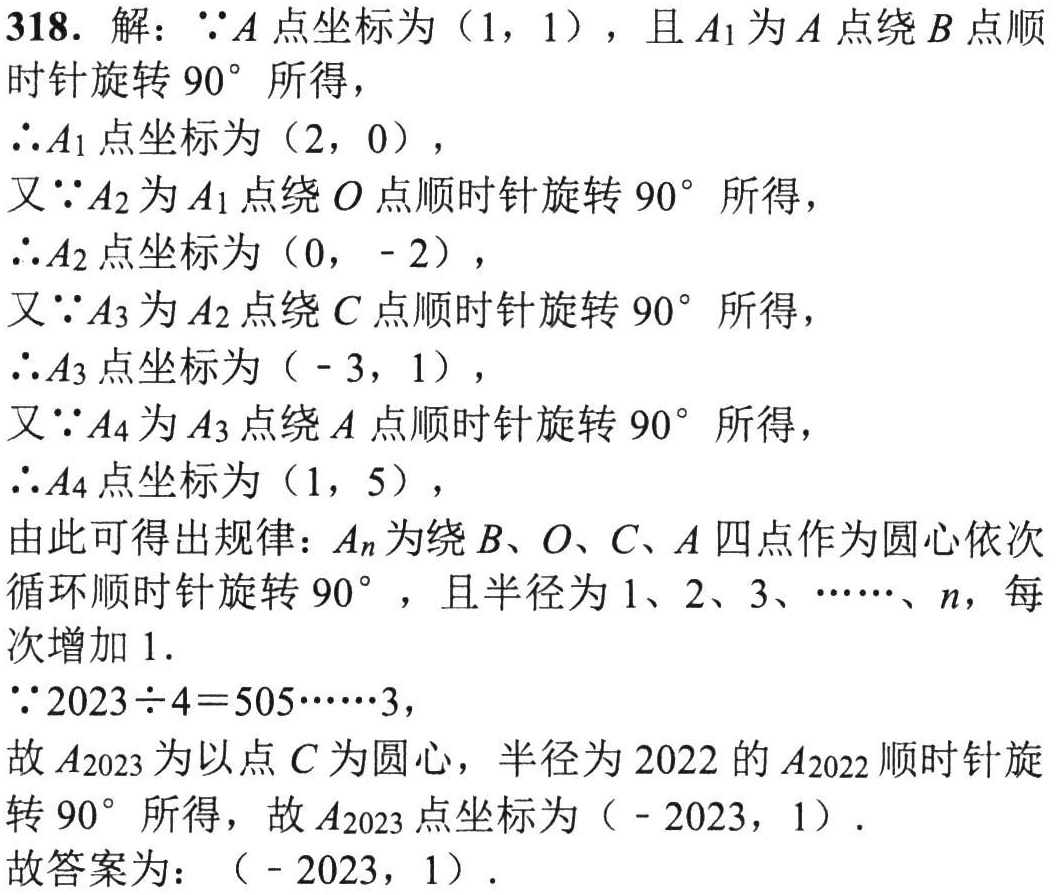
318. 解：\(\because A\)点坐标为\((1,1)\)，且\(A_1\)为\(A\)点绕\(B\)点顺时针旋转\(90^{\circ}\)所得，
\(\therefore A_1\)点坐标为\((2,0)\)，
又\(\because A_2\)为\(A_1\)点绕\(O\)点顺时针旋转\(90^{\circ}\)所得，
\(\therefore A_2\)点坐标为\((0,-2)\)，
又\(\because A_3\)为\(A_2\)点绕\(C\)点顺时针旋转\(90^{\circ}\)所得，
\(\therefore A_3\)点坐标为\((-3,1)\)，
又\(\because A_4\)为\(A_3\)点绕\(A\)点顺时针旋转\(90^{\circ}\)所得，
\(\therefore A_4\)点坐标为\((1,5)\)，
由此可得出规律：\(A_n\)为绕\(B\)、\(O\)、\(C\)、\(A\)四点作为圆心依次循环顺时针旋转\(90^{\circ}\)，且半径为\(1\)、\(2\)、\(3\)、\(\cdots\)、\(n\)，每次增加\(1\)．
\(\because 2023\div4 = 505\cdots\cdots3\)，
故\(A_{2023}\)为以点\(C\)为圆心，半径为\(2022\)的\(A_{2022}\)顺时针旋转\(90^{\circ}\)所得，故\(A_{2023}\)点坐标为\((-2023,1)\)．
故答案为：\((-2023,1)\)．